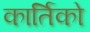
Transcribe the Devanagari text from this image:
कार्तिको